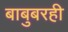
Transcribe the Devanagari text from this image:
बाबुबरही